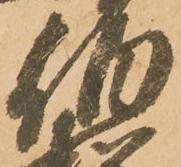
伯